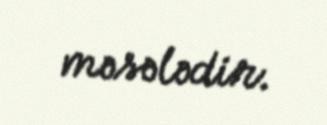
məsələdir.